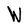
Character: w